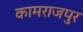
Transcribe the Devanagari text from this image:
कामराजपुर